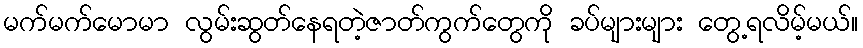
မက်မက်မောမာ လွမ်းဆွတ်နေရတဲ့ဇာတ်ကွက်တွေကို ခပ်များများ တွေ့ရလိမ့်မယ်။